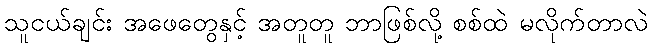
သူငယ်ချင်း အဖေတွေနှင့် အတူတူ ဘာဖြစ်လို့ စစ်ထဲ မလိုက်တာလဲ